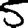
Digit: 5